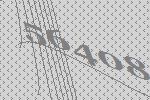
56408